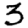
Digit: 3